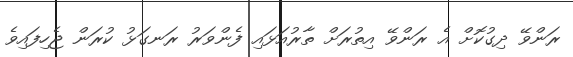
ރަންވޭ ދިގުކޮށް އެ ރަންވޭ އިތުރަށް ތާރުއަޅައި ފެންވަރު ރަނގަޅު ކުރަން ޖެހިފައިވެ